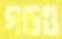
গড়ও